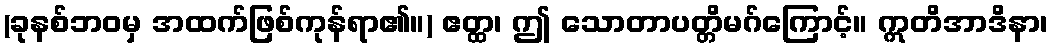
(ခုနစ်ဘဝမှ အထက်ဖြစ်ကုန်ရာ၏။) ဧတ္ထ၊ ဤ သောတာပတ္တိမဂ်ကြောင့်။ ဣတိအာဒိနာ၊